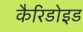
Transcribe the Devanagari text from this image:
कैरिडोइड